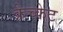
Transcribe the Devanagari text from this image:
क्रेच्केट